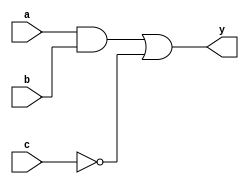
module combinational_logic (
    input wire a,        // Input signal a
    input wire b,        // Input signal b
    input wire c,        // Input signal c
    output reg y         // Output signal y
);

// Always block sensitive to changes in inputs a, b, and c
always @ (a, b, c) begin
    // Procedural assignment using blocking assignment
    y = (a & b) | (~c); // Example combinational logic equation
end

endmodule